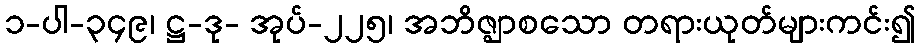
၁-ပါ-၃၄၉၊ ဋ္ဌ-ဒု- အုပ်-၂၂၅၊ အဘိဇ္ဈာစသော တရားယုတ်များကင်း၍